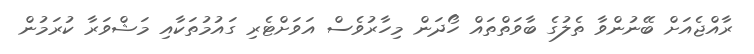
ރާއްޖެއަށް ބޭނުންވާ ތެލުގެ ބާވަތްތައް ހޯދަން މިހާރުވެސް އަވަށްޓެރި ގައުމުތަކާއި މަޝްވަރާ ކުރަމުން